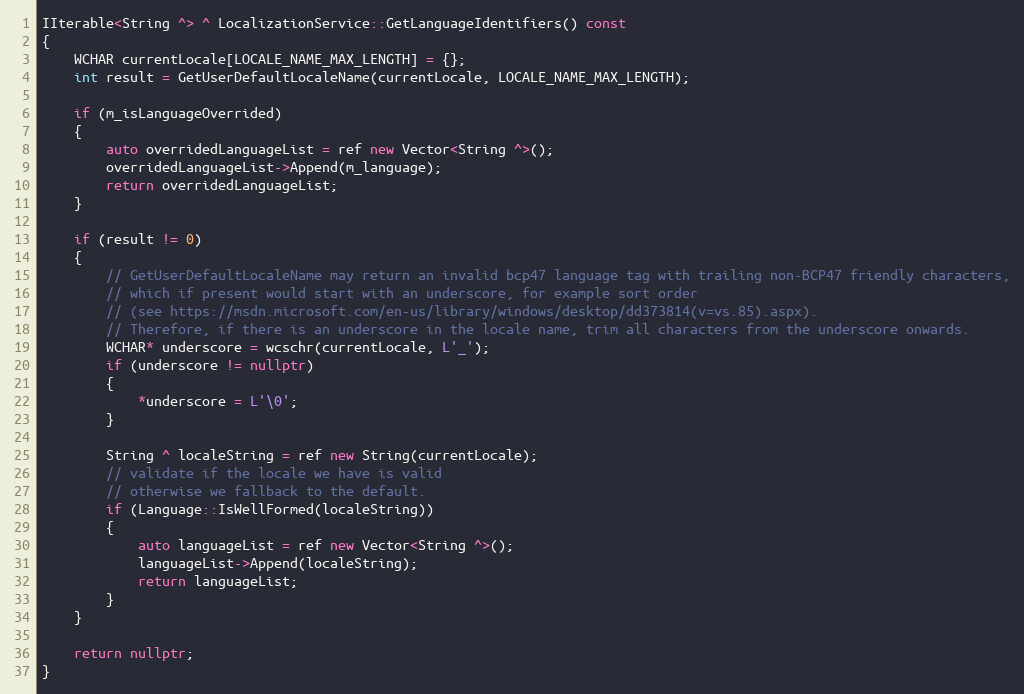
Language: C++
IIterable<String ^> ^ LocalizationService::GetLanguageIdentifiers() const
{
    WCHAR currentLocale[LOCALE_NAME_MAX_LENGTH] = {};
    int result = GetUserDefaultLocaleName(currentLocale, LOCALE_NAME_MAX_LENGTH);

    if (m_isLanguageOverrided)
    {
        auto overridedLanguageList = ref new Vector<String ^>();
        overridedLanguageList->Append(m_language);
        return overridedLanguageList;
    }

    if (result != 0)
    {
        // GetUserDefaultLocaleName may return an invalid bcp47 language tag with trailing non-BCP47 friendly characters,
        // which if present would start with an underscore, for example sort order
        // (see https://msdn.microsoft.com/en-us/library/windows/desktop/dd373814(v=vs.85).aspx).
        // Therefore, if there is an underscore in the locale name, trim all characters from the underscore onwards.
        WCHAR* underscore = wcschr(currentLocale, L'_');
        if (underscore != nullptr)
        {
            *underscore = L'\0';
        }

        String ^ localeString = ref new String(currentLocale);
        // validate if the locale we have is valid
        // otherwise we fallback to the default.
        if (Language::IsWellFormed(localeString))
        {
            auto languageList = ref new Vector<String ^>();
            languageList->Append(localeString);
            return languageList;
        }
    }

    return nullptr;
}